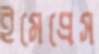
ইমেপ্রেস